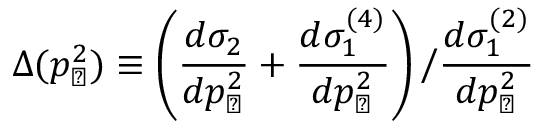
\Delta ( p _ { \perp } ^ { 2 } ) \equiv \left( \frac { d \sigma _ { 2 } } { d p _ { \perp } ^ { 2 } } + \frac { d \sigma _ { 1 } ^ { ( 4 ) } } { d p _ { \perp } ^ { 2 } } \right) \left/ \frac { d \sigma _ { 1 } ^ { ( 2 ) } } { d p _ { \perp } ^ { 2 } } \right.